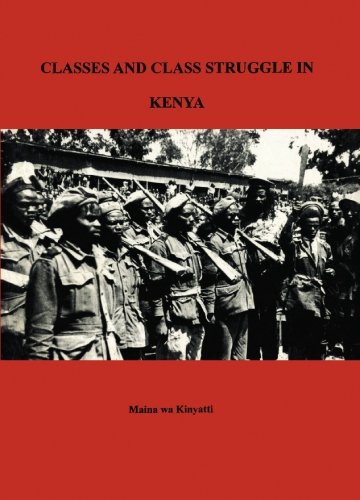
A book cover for Classes and Class Struggle in Kenya; Maina wa Kinyatti; Crafts, Hobbies & Home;